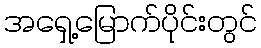
အရှေ့မြောက်ပိုင်းတွင်